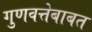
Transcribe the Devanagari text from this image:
गुणवत्तेबाबत